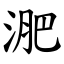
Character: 淝